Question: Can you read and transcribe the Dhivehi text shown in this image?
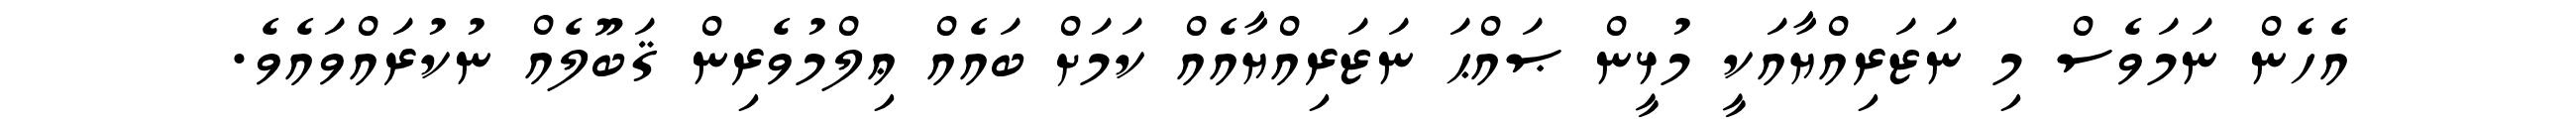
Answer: އެހެން ނަމަވެސް މި ނަޒަރިއްޔާއަކީ މުޅީން ޞައްޙަ ނަޒަރިއްޔާއެއް ކަމަށް ބައެއް ޢިލްމުވެރިން ޤަބޫލެއް ނުކުރައްވައެވެ.